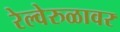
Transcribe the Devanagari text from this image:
रेल्वेरुळावर